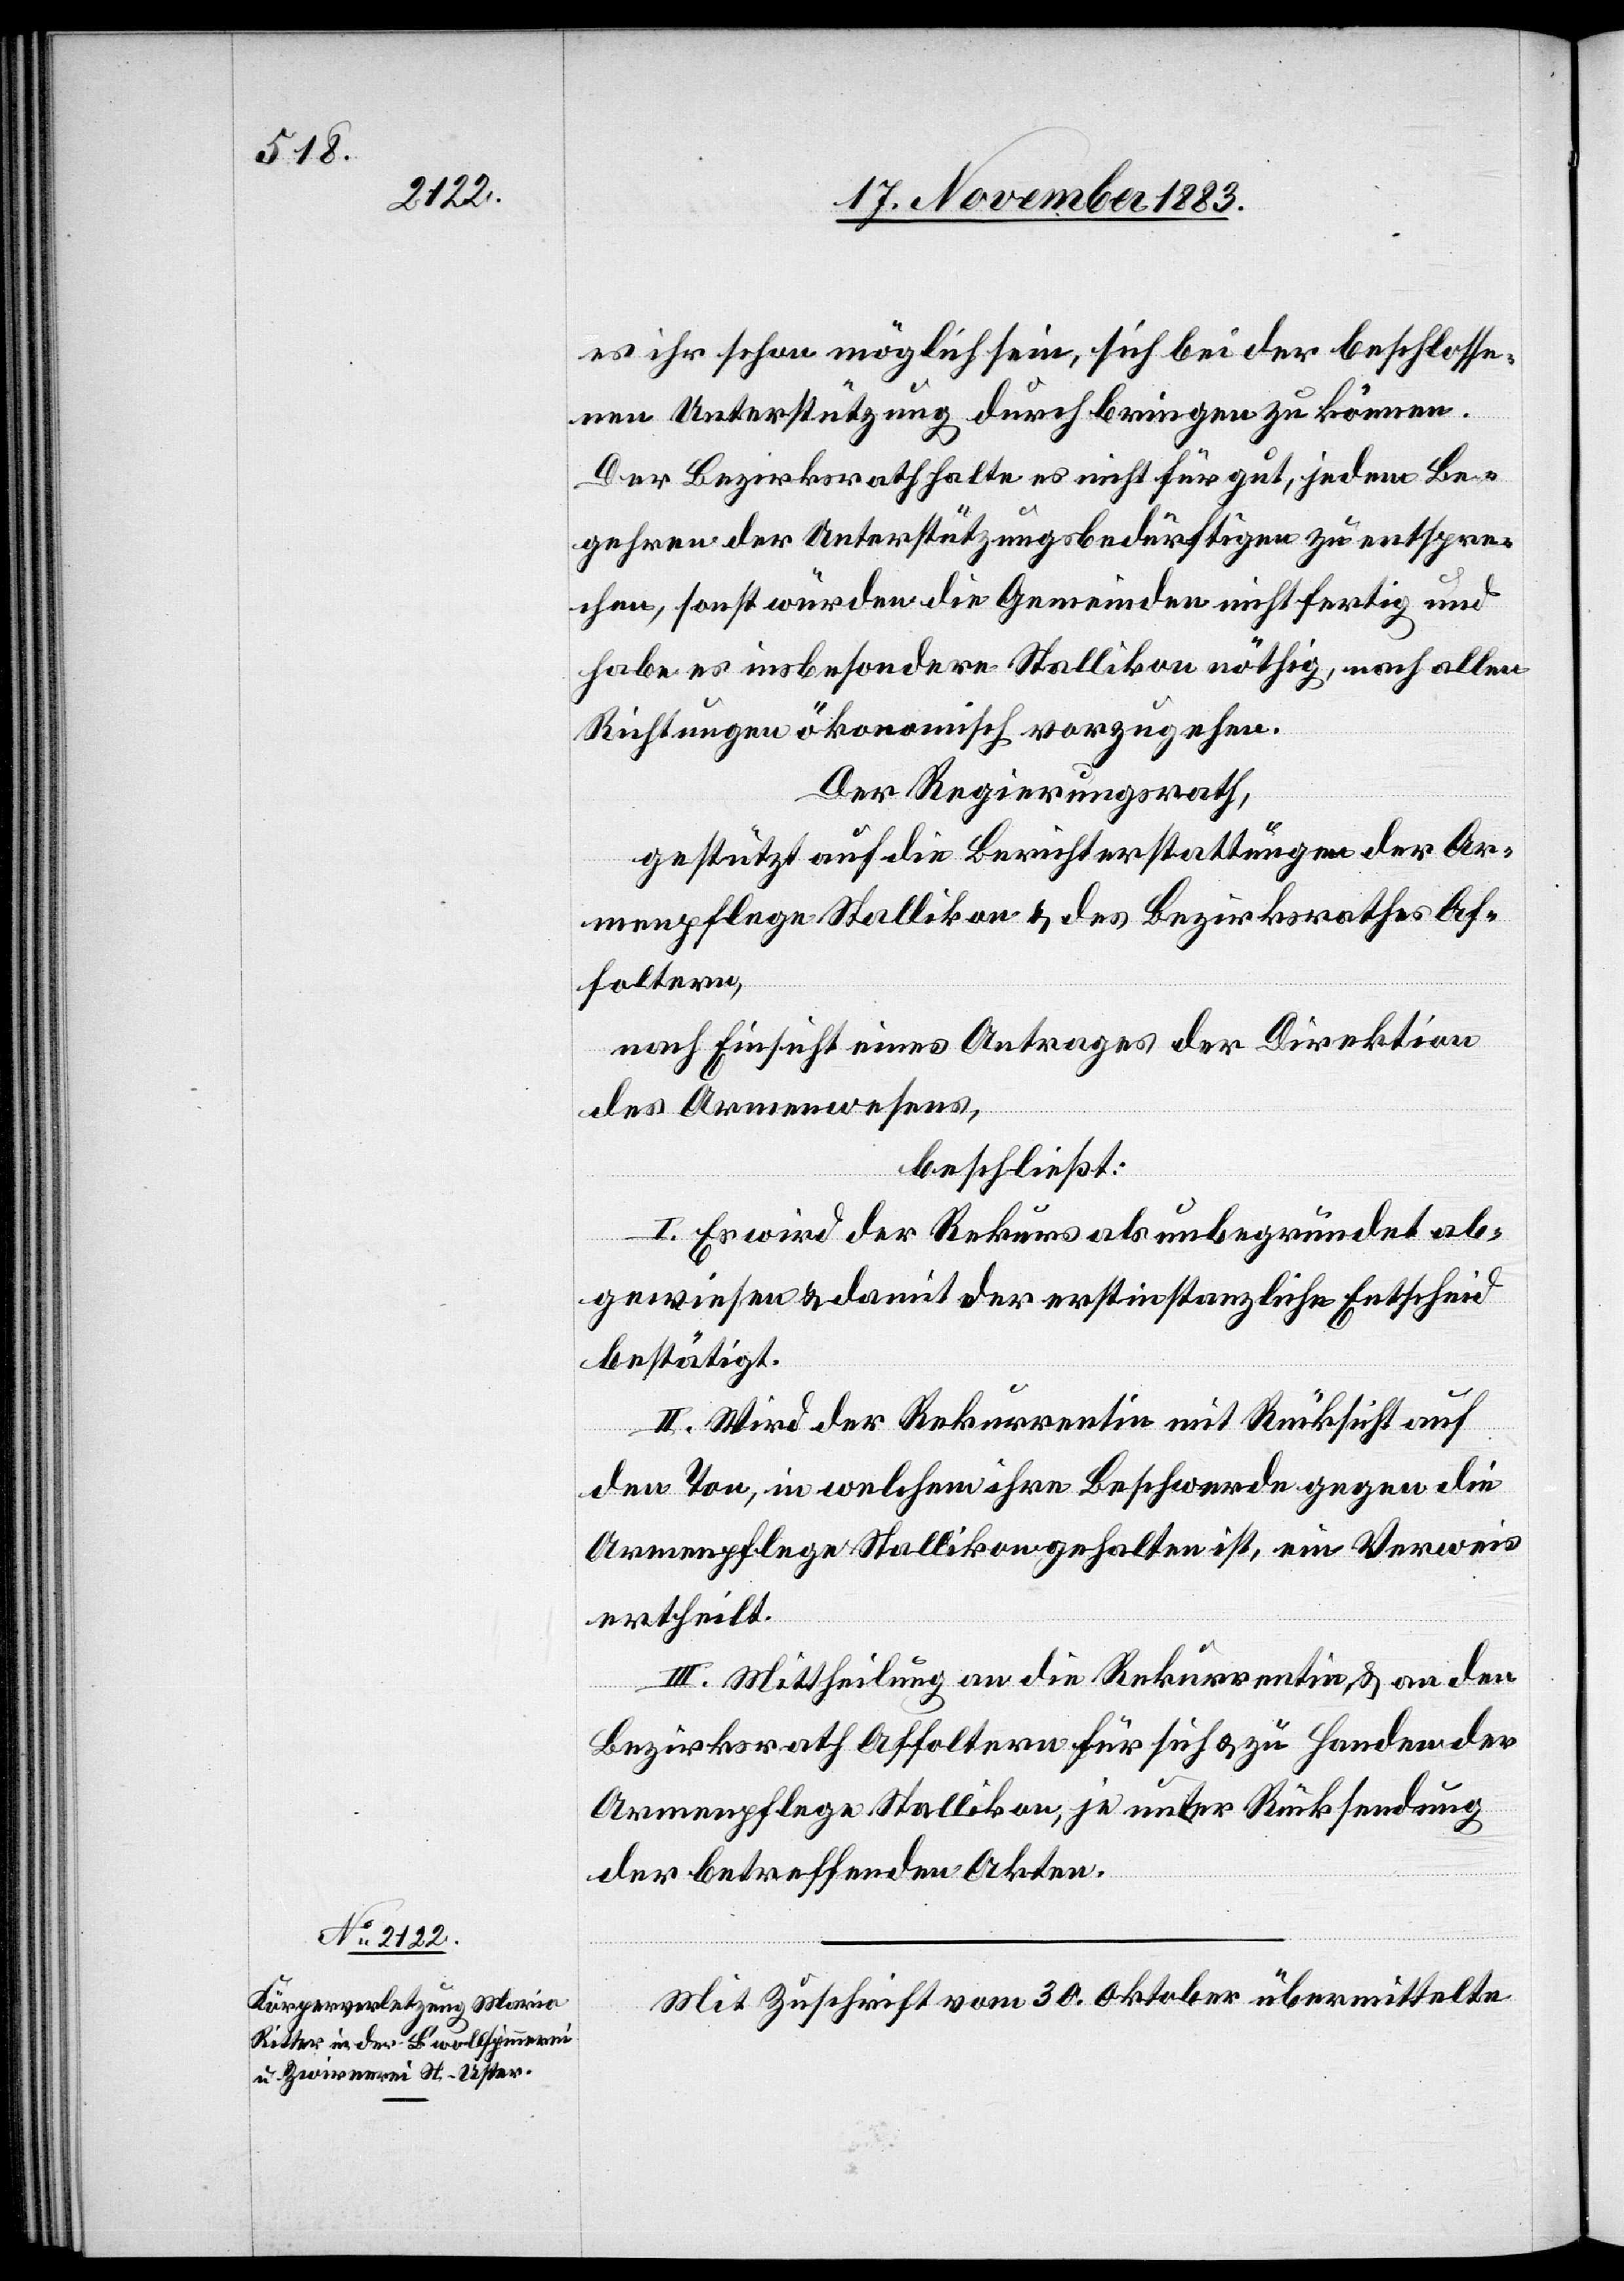
es ihr schon möglich sein, sich bei der beschlosse¬
nen Unterstützung durchbringen zu können.
Der Bezirksrath halte es nicht für gut, jedem Be¬
gehren der Unterstützungsbedürftigen zu entspre¬
chen, sonst würden die Gemeinden nicht fertig und
habe es insbesondere Stallikon nöthig, nach allen
Richtungen ökonomisch vorzugehen.
Der Regierungsrath,
gestützt auf die Berichterstattungen der Ar¬
menpflege Stallikon & des Bezirksrathes Af¬
foltern,
nach Einsicht eines Antrages der Direktion
des Armenwesens,
beschließt:
I. Es wird der Rekurs als unbegründet ab¬
gewiesen & damit der erstinstanzliche Entscheid
bestätigt.
II. Wird der Rekurrentin mit Rücksicht auf
den Ton, in welchem ihre Beschwerde gegen die
Armenpflege Stallikon gehalten ist, ein Verweis
ertheilt.
III. Mittheilung an die Rekurrentin, & an den
Bezirksrath Affoltern für sich & zu Handen der
Armenpflege Stallikon, je unter Rücksendung
der betreffenden Akten.
Mit Zuschrift vom 30. Oktober übermittelte